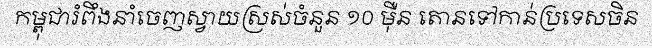
កម្ពុជារំពឹងនាំចេញស្វាយស្រស់ចំនួន ១០ ម៉ឺន តោនទៅកាន់ប្រទេសចិន